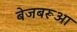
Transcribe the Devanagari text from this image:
बेजबरूआ